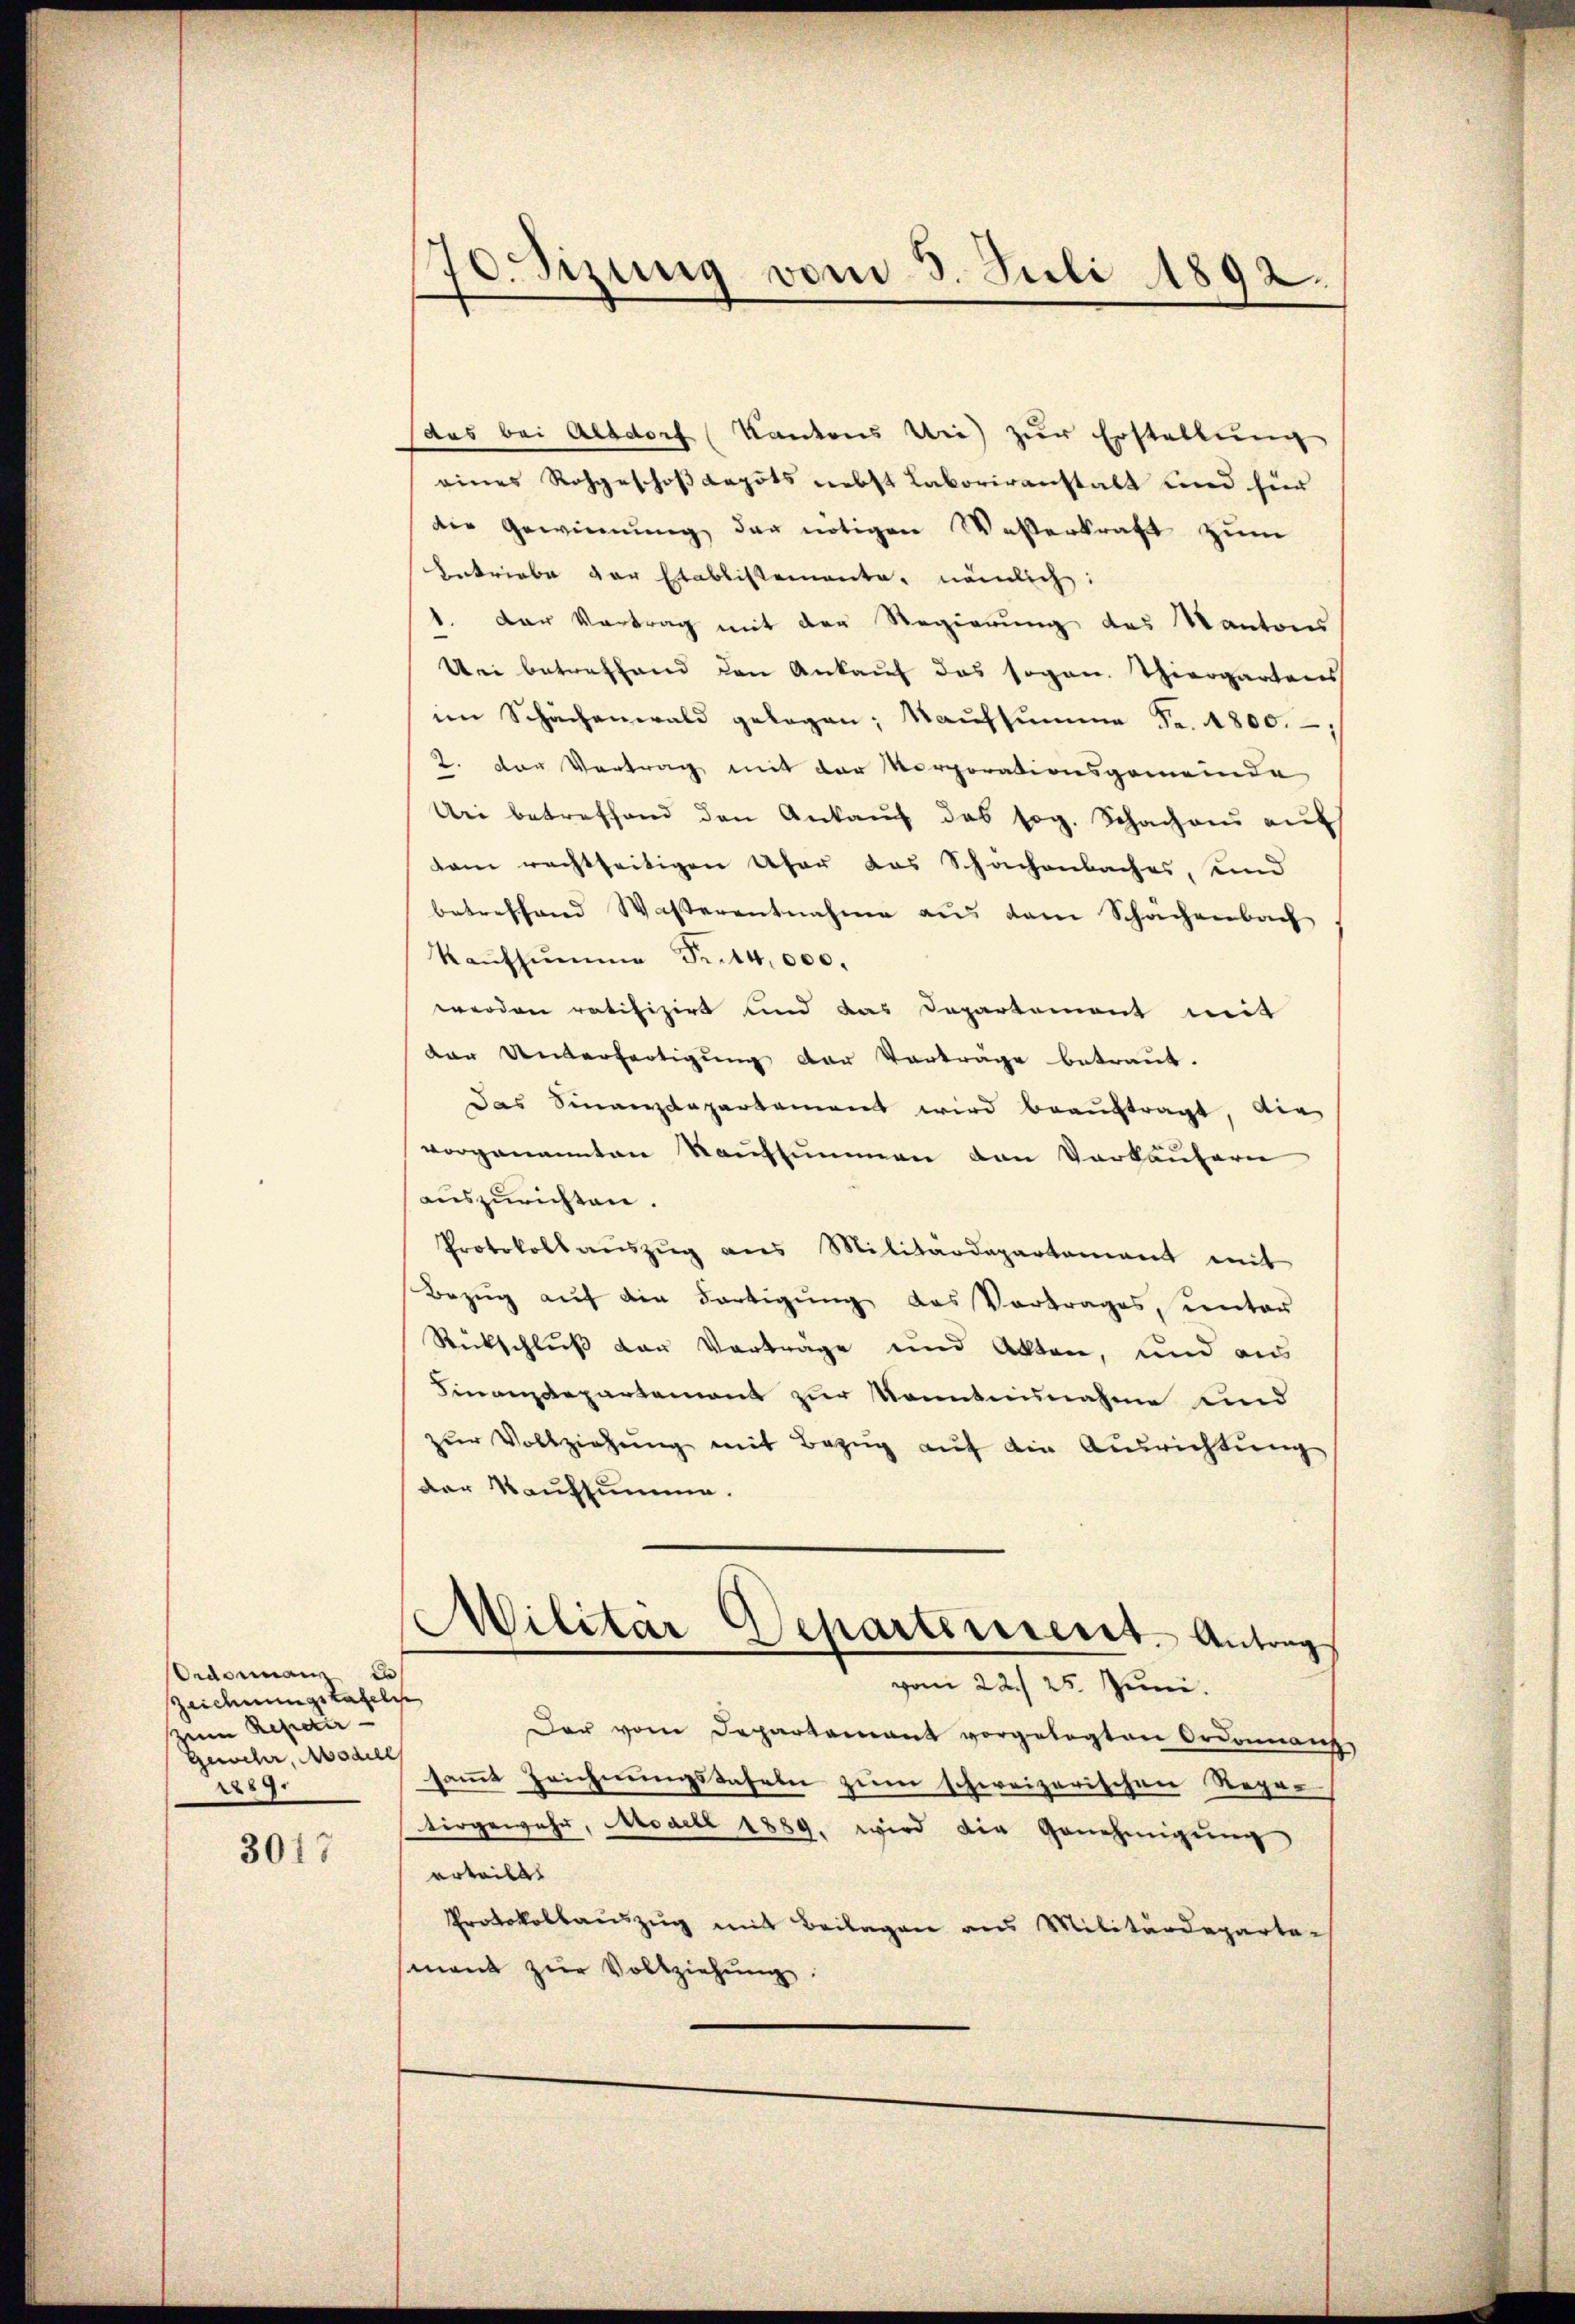
Oedermann in
Zeichnungskapel
zum Reparir
Gewehr, Madell
289.

3017

70. Sizung vom 3. Juli 1892.

das bei Alsdorf (Kantons Uri zŭr Erstellŭng
eines Rohgeschoß depots nebst Laboriranstalt und für
die Gewinnung der nötigen Wasserkraft zum
Antriebe der Etablissemente, nämlich:
1. Der Vortrag mit der Regierung des Kanton
Dei betreffend den Ankauf das sogan. Thiergartens
im Schächenwald gelegen; Kaufsumme Fr. 4800.
2. der Vertrag mit der Vorporationsgemeinde
Uri betreffend den Ankaŭf das sog. Schachau auf
dam rechtseitigen Ufer das Schachenbaches, und
betreffend Wasserentnahme aus dem Schächenbach
Kaufsumme Pit4,000.
werden ratifizirt und das Departement mit
der Unterfertigŭng der Vorträge betraut.
Das Finanzdepartement wird beaŭftragt, die
vorgenannten Raufsummen den Verkäufern
auszurichten.
Protokoll aŭszŭg ans Militärdepartement mit
Bezŭg aŭf die Fortigŭng das Vertrages, unter
Rückschluß der Vorträge und Akten, und aus
Finanzdepartement zur Sonntennahme und
zur Vollziehung mit Bezug auf die Ausrichtung
der Kaufsumme.
Militar Departinient. Antrag
vom 22. 25. Juni.
Der vom Departamant vorgelegten Ordonnanz
samt Zeichnungstafeln zum schweizerischen Rege-
tirgewahr, Asaell 1889. wird die Genehmigŭng
erteilet
Protokollaŭszŭg mit Beilagen aus Militärdeparta-
mant zŭr Vollziehŭng: